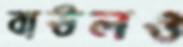
বাউলও